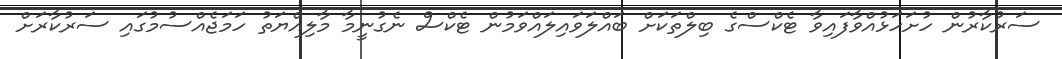
ސަރުކާރުން ހުށަހަޅުއްވާފައިވާ ޓެކްސްގެ ބިލްތަކަށް ބައްލަވައިލައްވަމުން ޓެކްސް ނެގުނީމާ މާލިއްޔަތު ހަމަޖެއްސުމުގައި ސަރުކާރަށް